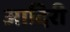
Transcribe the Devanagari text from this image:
आदिरी